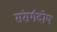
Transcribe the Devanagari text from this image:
संसर्गदोष